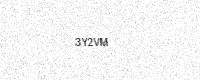
Text: 3Y2VM